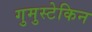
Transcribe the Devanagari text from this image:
गुमुस्टेकिन